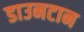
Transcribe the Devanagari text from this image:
डाउनटान